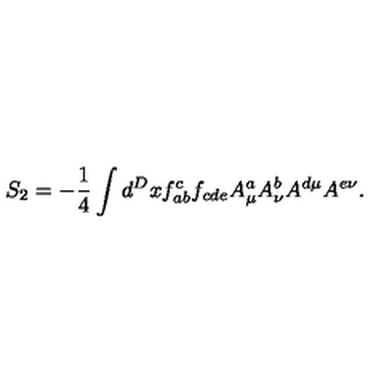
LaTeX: S _ { 2 } = - \frac { 1 } { 4 } \int d ^ { D } x f _ { a b } ^ { c } f _ { c d e } A _ { \mu } ^ { a } A _ { \nu } ^ { b } A ^ { d \mu } A ^ { e \nu } .